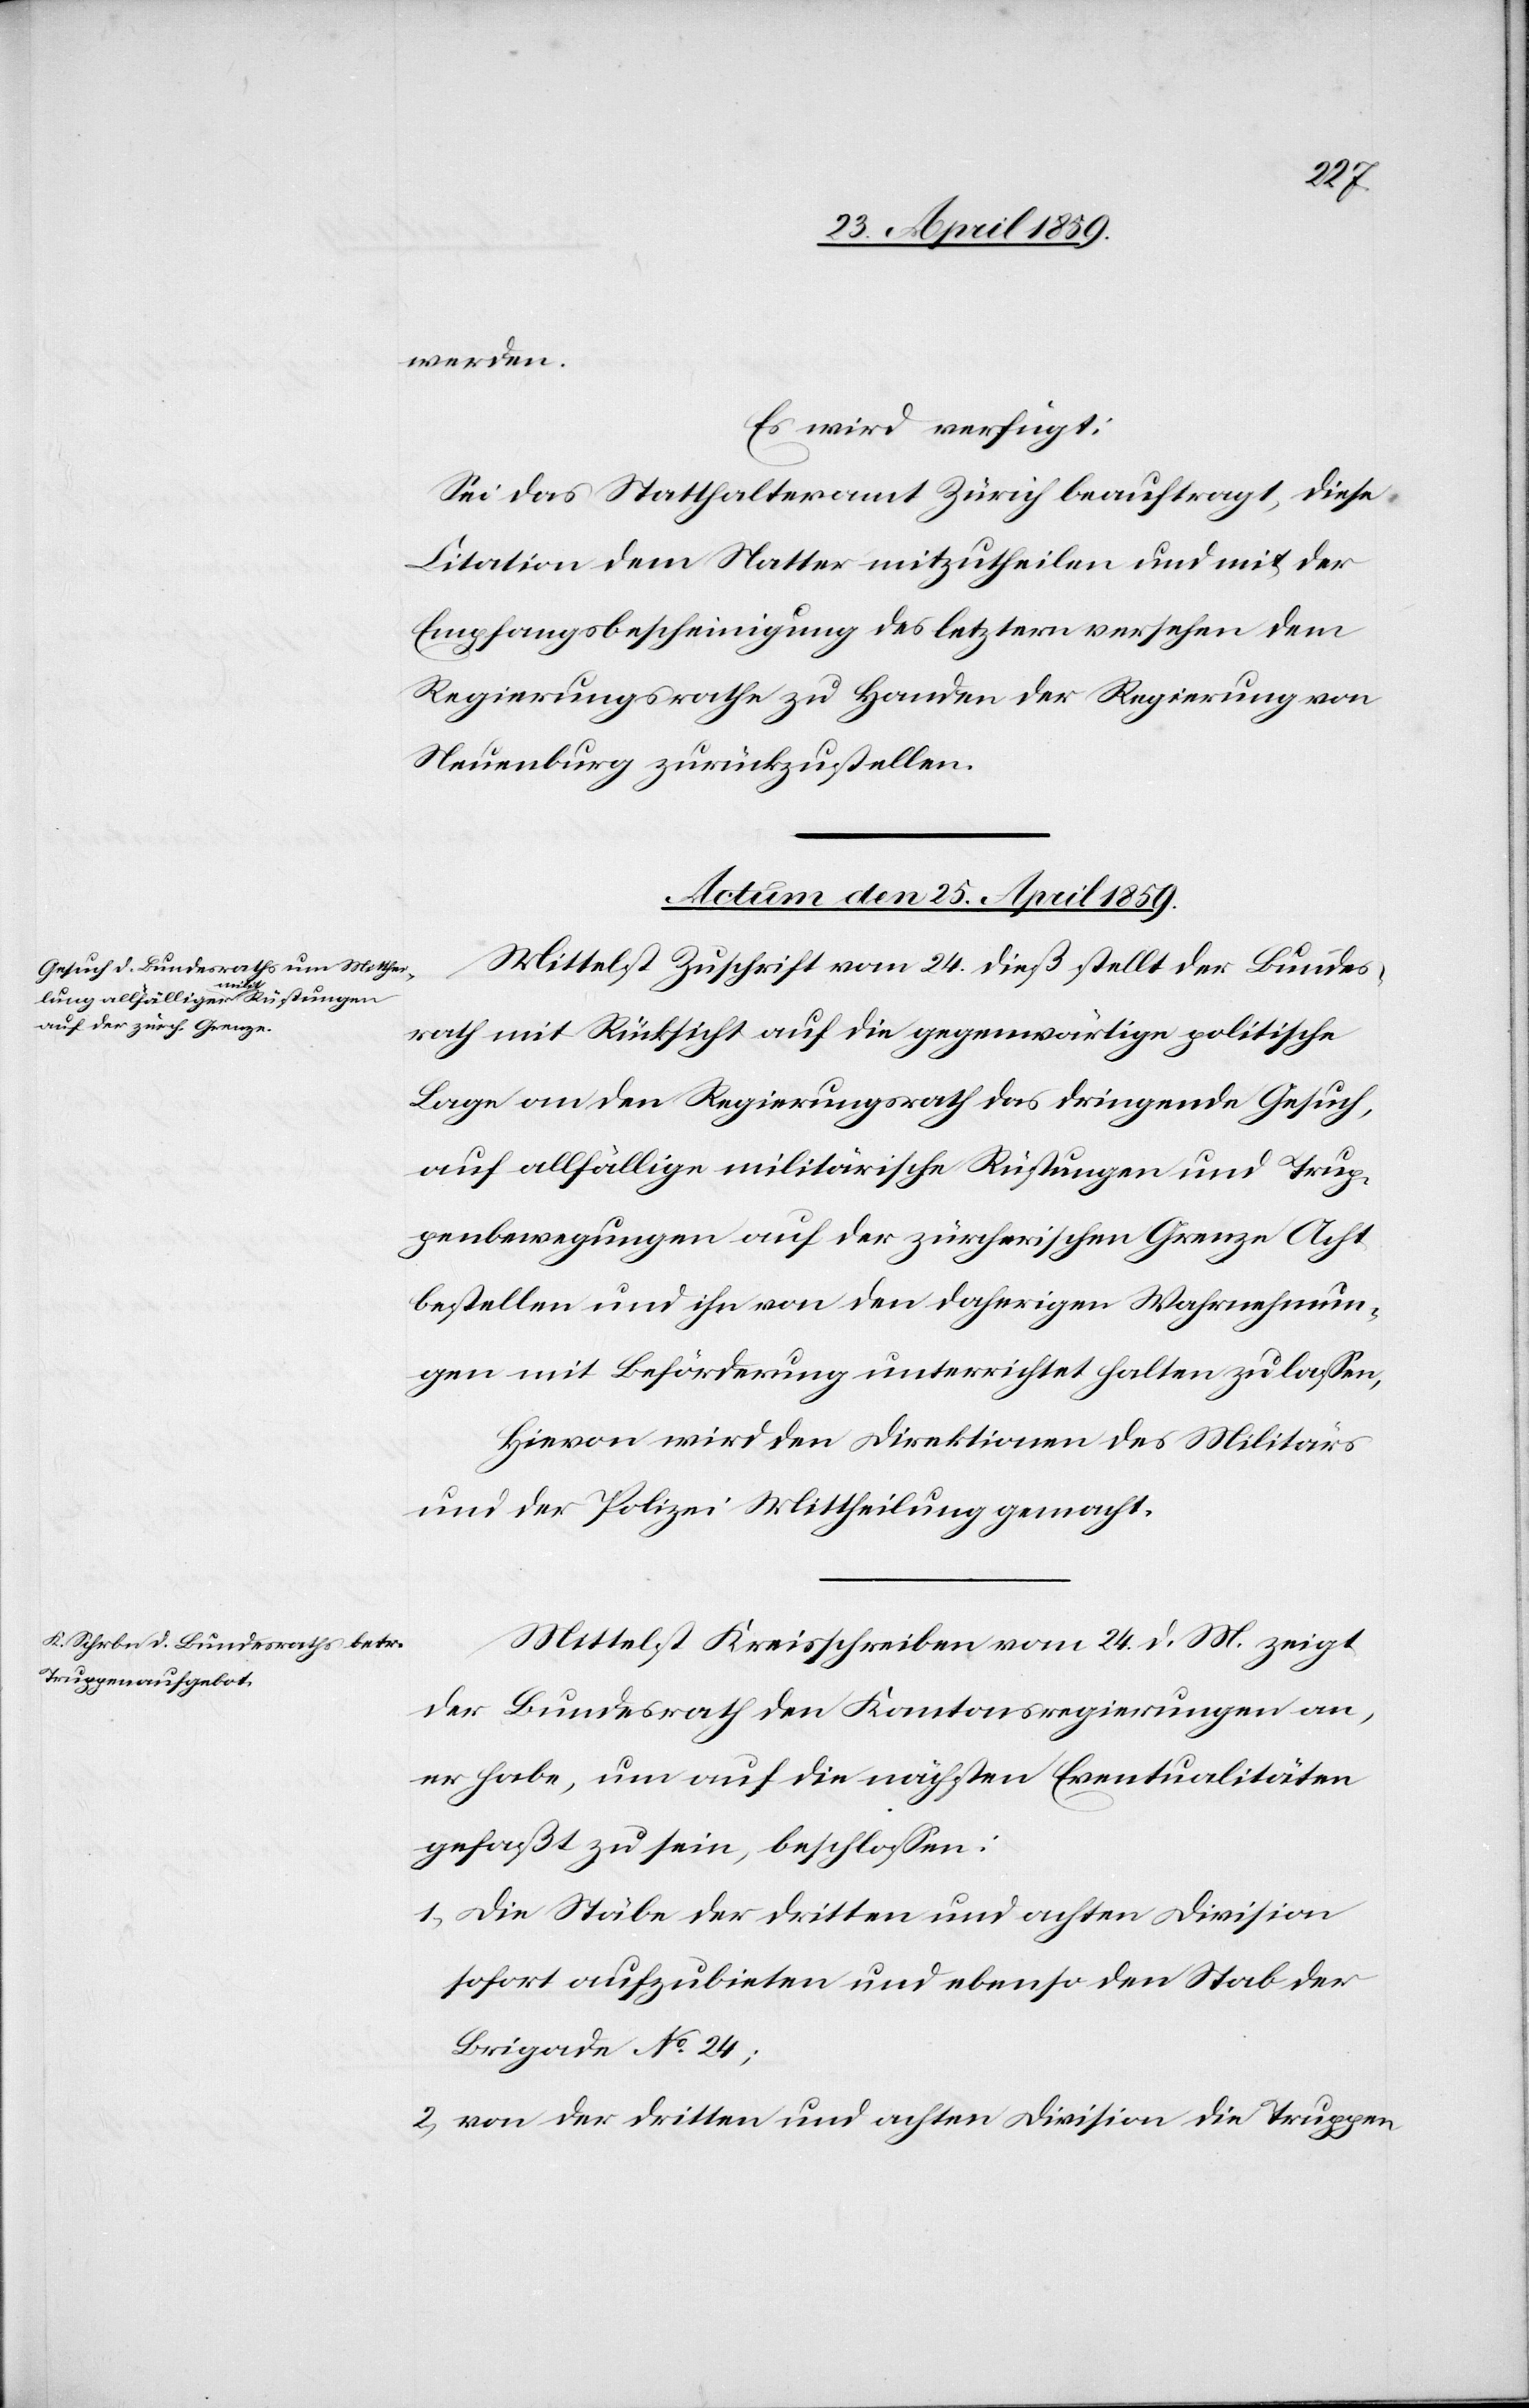
werden.
Es wird verfügt:
Sei das Statthalteramt Zürich beauftragt, diese
Citation dem Natter mitzutheilen und mit der
Empfangsbescheinigung des letztern versehen dem
Regierungsrathe zu Handen der Regierung von
Neuenburg zurückzustellen.
Actum den 25. April 1859.]
Mittelst Zuschrift vom 24. dieß stellt der Bundes¬
rath mit Rücksicht auf die gegenwärtige politische
Lage an den Regierungsrath das dringende Gesuch,
auf allfällige militärische Rüstungen und Trup¬
penbewegungen auf der zürcherischen Grenze Acht
bestellen und ihn von den daherigen Wahrnehmun¬
gen mit Beförderung unterrichtet halten zu laßen,
Hievon wird den Direktionen des Militärs
und der Polizei Mittheilung gemacht.
Mittelst Kreisschreiben vom 24. d. M. zeigt
der Bundesrath den Kantonsregierungen an,
er habe, um auf die nächsten Eventualitäten
gefaßt zu sein, beschloßen:
1) Die Stäbe der dritten und achten Division
sofort aufzubieten und ebenso den Stab der
Brigade No 24;
2) von der dritten und achten Division die Truppen